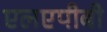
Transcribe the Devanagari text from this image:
एलएपीबी